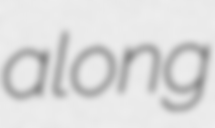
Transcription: along